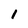
Character: 1